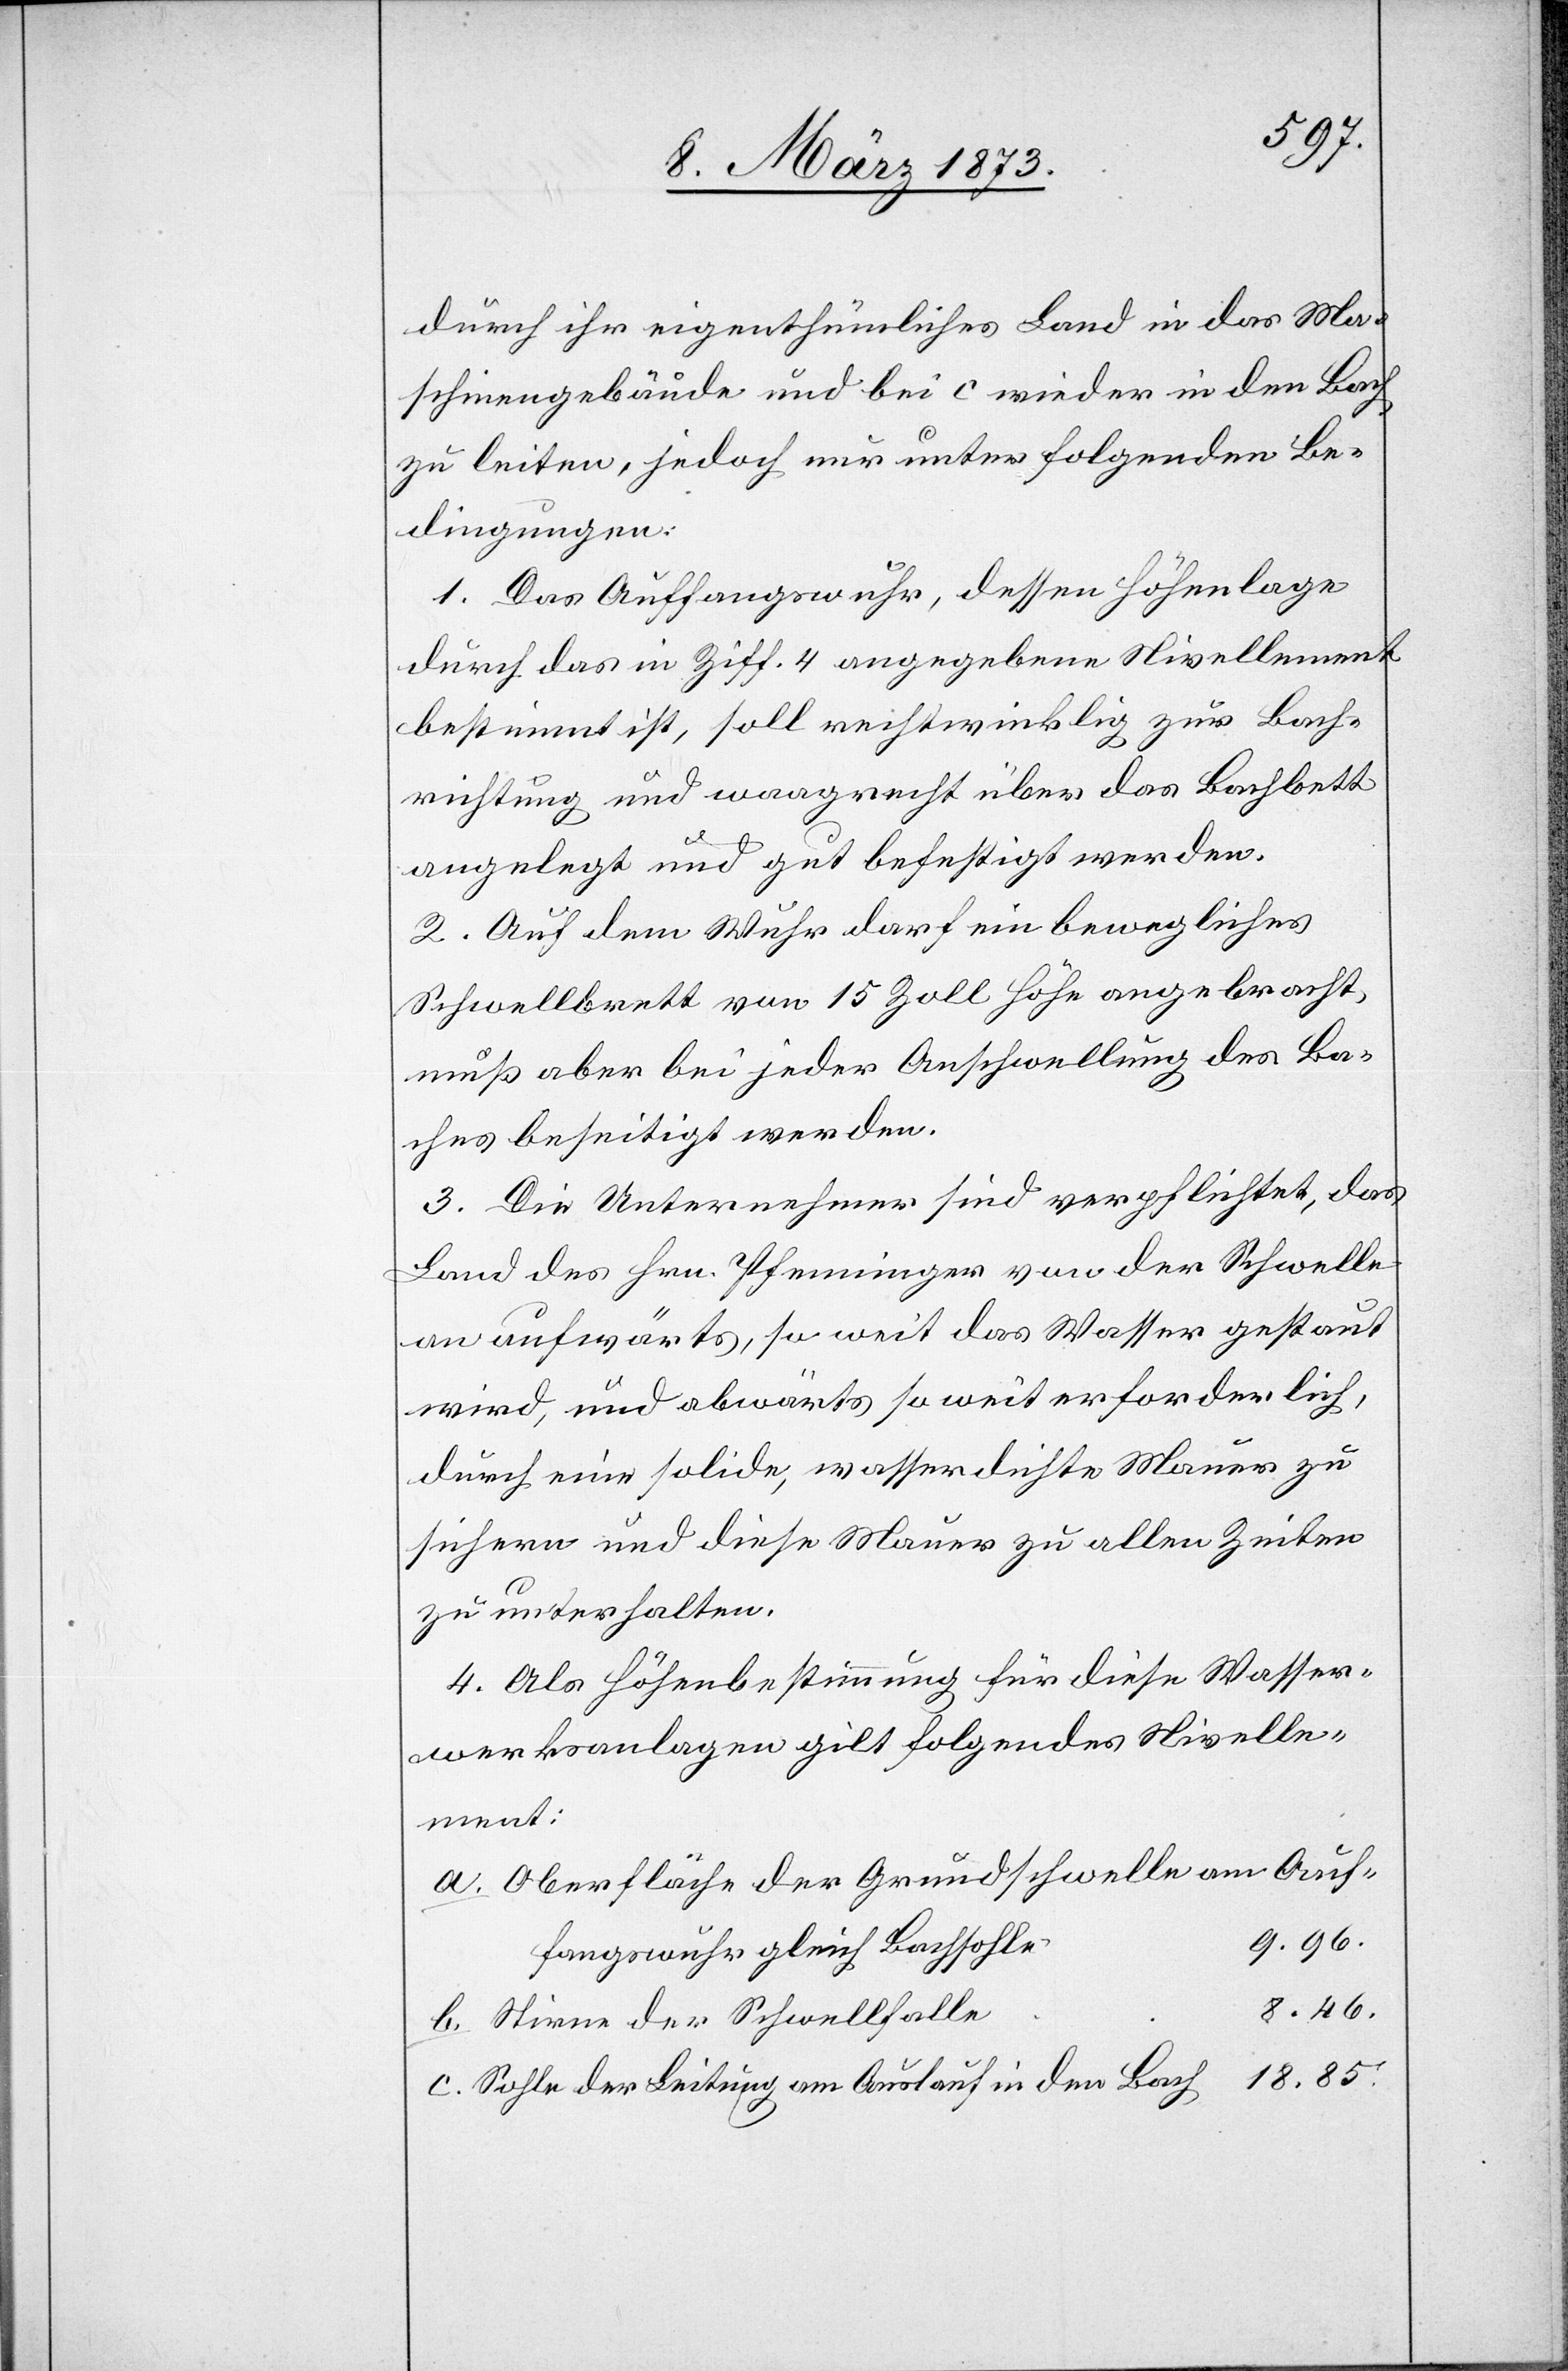
Auf¬
durch ihr eigenthümliches Land in das Ma¬
schinengebäude und bei c wieder in den Bach
zu leiten, jedoch nur unter folgenden Be¬
dingungen:
1. Das Auffangswuhr, dessen Höhenlage
durch das in Ziff. 4 angegebene Nivellement
bestimmt ist, soll rechtwinklig zur Bach¬
richtung und waagrecht über das Bachbett
angelegt und gut befestigt werden.
2. Auf dem Wuhr darf ein bewegliches
Schwellbrett von 15 Zoll Höhe angebracht,
muß aber bei jeder Anschwellung des Ba¬
ches beseitigt werden.
3. Die Unternehmer sind verpflichtet, das
Land des Hrn. Pfenninger von der Schwelle
an aufwärts, so weit das Wasser gestaut
wird, und abwärts so weit erforderlich,
durch eine solide, wasserdichte Mauer zu
sichern und diese Mauer zu allen Zeiten
zu unterhalten.
4. Als Höhenbestimmung für diese Wasser¬
werksanlagen gilt folgendes Nivelle¬
ment:
a. Oberfläche der Grundschwelle am
e	9.96.
fangswuhr gleich Bachsohl¬
8.46.
b. Stirne der Schwellfalle
h	18.85.
c. Sohle der Leitung am Auslauf in den Bac¬